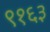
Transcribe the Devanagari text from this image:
९१६३